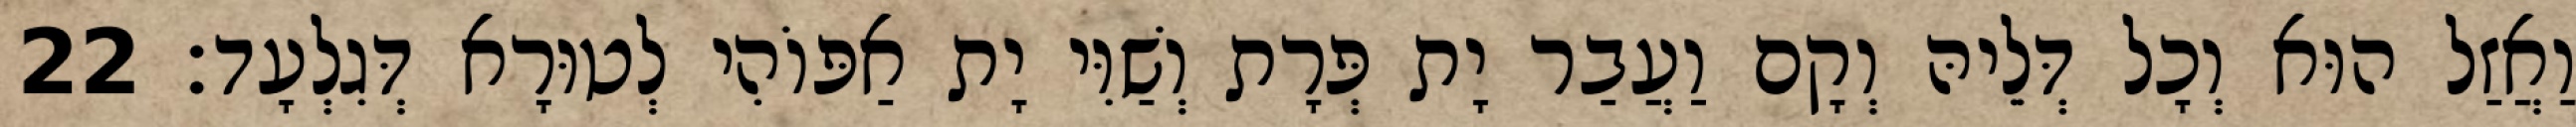
וַאֲזַל הוּא וְכָל דְּלֵיהּ וְקָם וַעֲבַר יָת פְּרָת וְשַׁוִּי יָת אַפּוֹהִי לְטוּרָא דְּגִלְעָד׃ 22